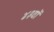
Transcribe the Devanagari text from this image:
४३वॉ